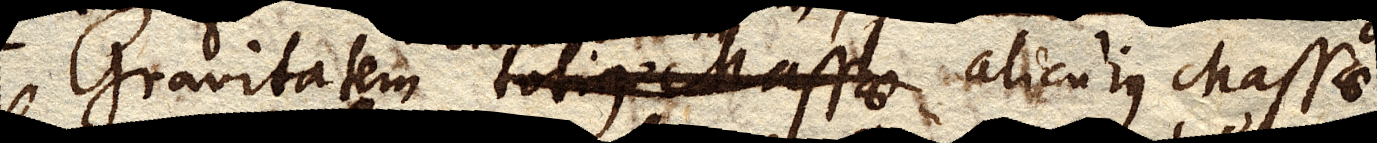
Gravitatem totius massae alicujus massae